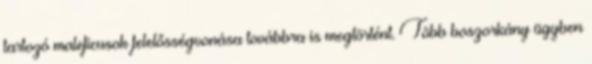
tartozó maleficusok felelősségvonása továbbra is megtörtént. Több boszorkány ügyben